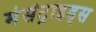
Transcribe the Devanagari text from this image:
मेसेंट्रोइड्स